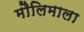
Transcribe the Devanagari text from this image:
मौलिमाला